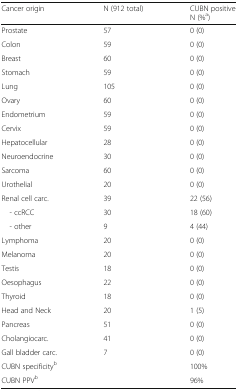
<table><thead><tr><td><b>Cancer origin</b></td><td><b>N (912 total)</b></td><td><b>CUBN positive N (%<sup>a</sup>)</b></td></tr></thead><tbody><tr><td>Prostate</td><td>57</td><td>0 (0)</td></tr><tr><td>Colon</td><td>59</td><td>0 (0)</td></tr><tr><td>Breast</td><td>60</td><td>0 (0)</td></tr><tr><td>Stomach</td><td>59</td><td>0 (0)</td></tr><tr><td>Lung</td><td>105</td><td>0 (0)</td></tr><tr><td>Ovary</td><td>60</td><td>0 (0)</td></tr><tr><td>Endometrium</td><td>59</td><td>0 (0)</td></tr><tr><td>Cervix</td><td>59</td><td>0 (0)</td></tr><tr><td>Hepatocellular</td><td>28</td><td>0 (0)</td></tr><tr><td>Neuroendocrine</td><td>30</td><td>0 (0)</td></tr><tr><td>Sarcoma</td><td>60</td><td>0 (0)</td></tr><tr><td>Urothelial</td><td>20</td><td>0 (0)</td></tr><tr><td>Renal cell carc.</td><td>39</td><td>22 (56)</td></tr><tr><td> - ccRCC</td><td>30</td><td>18 (60)</td></tr><tr><td> - other</td><td>9</td><td>4 (44)</td></tr><tr><td>Lymphoma</td><td>20</td><td>0 (0)</td></tr><tr><td>Melanoma</td><td>20</td><td>0 (0)</td></tr><tr><td>Testis</td><td>18</td><td>0 (0)</td></tr><tr><td>Oesophagus</td><td>22</td><td>0 (0)</td></tr><tr><td>Thyroid</td><td>18</td><td>0 (0)</td></tr><tr><td>Head and Neck</td><td>20</td><td>1 (5)</td></tr><tr><td>Pancreas</td><td>51</td><td>0 (0)</td></tr><tr><td>Cholangiocarc.</td><td>41</td><td>0 (0)</td></tr><tr><td>Gall bladder carc.</td><td>7</td><td>0 (0)</td></tr><tr><td>CUBN specificity<sup>b</sup></td><td></td><td>100%</td></tr><tr><td>CUBN PPV<sup>b</sup></td><td></td><td>96%</td></tr></tbody></table>